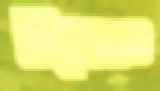
শিষ্যেরও